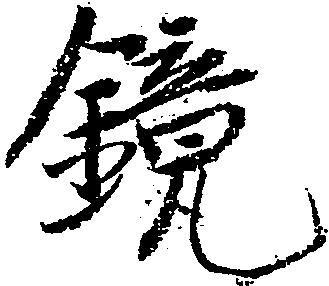
鏡